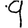
Digit: 9